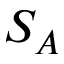
S _ { A }